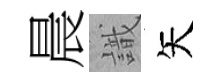
晨識矢